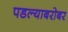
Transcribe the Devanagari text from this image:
पडल्याबरोबर